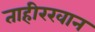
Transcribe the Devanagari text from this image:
ताहीरखान